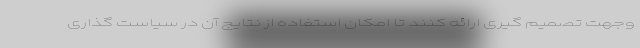
وجهت تصمیم گیری ارائه کنند تا امکان استفاده از نتایج آن در سیاست گذاری